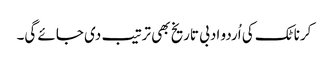
کرناٹک کی اُردو ادبی تاریخ بھی ترتیب دی جائے گی۔